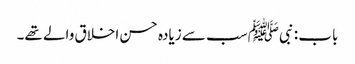
باب : نبیﷺ سب سے زیادہ حسن اخلاق والے تھے۔